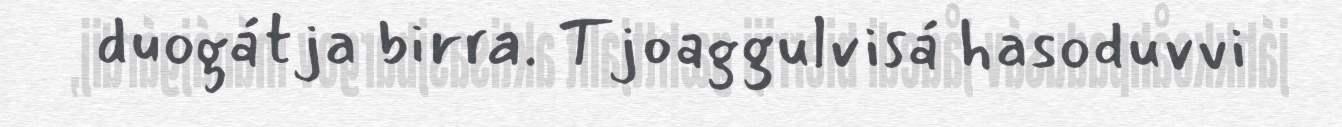
duogátja birra. Tjoaggulvisá hasoduvvi